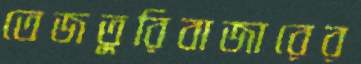
তেজতুরিবাজারের